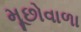
મૂછોવાળા